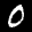
Label: 0